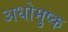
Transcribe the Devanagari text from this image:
अधोमुष्क